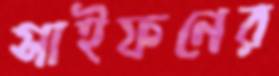
সাইফনের